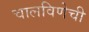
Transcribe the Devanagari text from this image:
चालविणेची